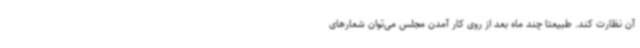
آن نظارت کند. طبیعتا چند ماه بعد از روی کار آمدن مجلس می‌توان شعارهای